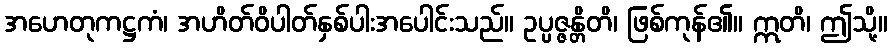
အဟေတုကဋ္ဌကံ၊ အဟိတ်ဝိပါတ်နှစ်ပါးအပေါင်းသည်။ ဥပ္ပဇ္ဇန္တိတိ၊ ဖြစ်ကုန်၏။ ဣတိ၊ ဤသို့။